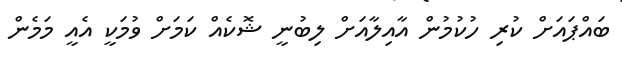
ބައްޕައަށް ކުރި ހުކުމުން އާއިލާއަށް ލިބުނީ ޝޮކެއް ކަމަށް ވުމަކީ އެއީ މަމެން